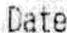
DATE